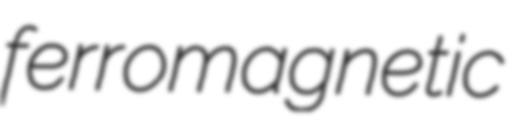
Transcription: ferromagnetic